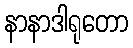
နာနာဒါရုတော